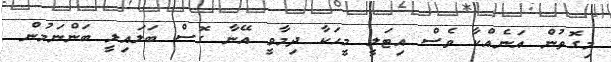
މިގޮތުން އަނެއްކާ ވެސް އިޓަލީ މީހަކާ ދިމާވީ އޭނާ ގޮސް ބަލައިލީ ބަންނަމުން